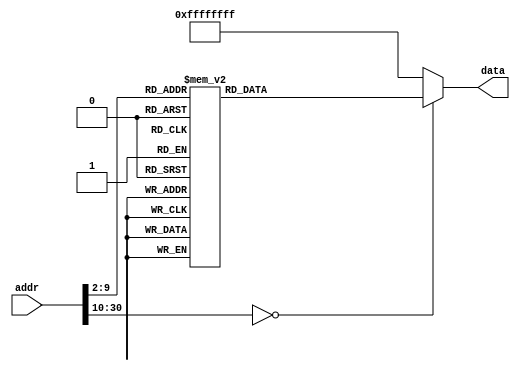
`timescale 1ns/1ps
module ROM(addr,data);
input [30:0] addr;
output reg [31:0] data;
wire [28:0] index;
assign index=addr[30:2];
always @(*)
begin
  case(index)
  0:data<=32'b00001000000000000000000000000011;
  1:data<=32'b00001000000000000000000000110101;
  2:data<=32'b00001000000000000000000010000100;
  3:data<=32'b00110000000111010000000000000000;
  4:data<=32'b00111100000100000100000000000000;
  5:data<=32'b00000000000000001000100000100111;
  6:data<=32'b10101110000000000000000000001000;
  7:data<=32'b10101110000000000000000000001100;
  8:data<=32'b00100000000010000000011111111111;
  9:data<=32'b10101110000010000000000000010100;
  10:data<=32'b00100000000010000000000000000011;
  11:data<=32'b10101110000010000000000000100000;
  12:data<=32'b10101110000100010000000000000100;
  13:data<=32'b00100010001010001000101011010000;
  14:data<=32'b00100001000010001000101011010000;
  15:data<=32'b10101110000010000000000000000000;
  16:data<=32'b00100000000010000000000000000011;
  17:data<=32'b10101110000010000000000000001000;
  18:data<=32'b00100000000100100000000000000010;
  19:data<=32'b10001110000010000000000000100000;
  20:data<=32'b00110001000010010000000000001100;
  21:data<=32'b00000000000010010100100011000010;
  22:data<=32'b00011001001000001111111111111100;
  23:data<=32'b00100010010100101111111111111111;
  24:data<=32'b00011010010000000000000000000010;
  25:data<=32'b10001110000001000000000000011100;
  26:data<=32'b00001000000000000000000000010011;
  27:data<=32'b00100000000100100000000000000010;
  28:data<=32'b10001110000001010000000000011100;
  29:data<=32'b00000000100000000011000000100000;
  30:data<=32'b00000000101000000011100000100000;
  31:data<=32'b00000000110001110100100000101010;
  32:data<=32'b00010101001000000000000000000011;
  33:data<=32'b00000000000001100100000000100000;
  34:data<=32'b00000000000001110011000000100000;
  35:data<=32'b00000000000010000011100000100000;
  36:data<=32'b00000000111001100011100000100010;
  37:data<=32'b00000000110001110100100000101010;
  38:data<=32'b00010101001000001111111111111101;
  39:data<=32'b00010000111000000000000000000101;
  40:data<=32'b00000000000000000000000000000000;
  41:data<=32'b00000000000001100100000000100000;
  42:data<=32'b00000000000001110011000000100000;
  43:data<=32'b00000000000010000011100000100000;
  44:data<=32'b00001000000000000000000000100100;
  45:data<=32'b00000000000001100001000000100000;
  46:data<=32'b10101110000000100000000000001100;
  47:data<=32'b10001110000010000000000000100000;
  48:data<=32'b00110001000010010000000000010000;
  49:data<=32'b00000000000010010100100100000010;
  50:data<=32'b00010101001000001111111111111100;
  51:data<=32'b10101110000000100000000000011000;
  52:data<=32'b00001000000000000000000000010011;
  53:data<=32'b10001110000110010000000000001000;
  54:data<=32'b00110011001110010000000000000001;
  55:data<=32'b10101110000110010000000000001000;
  56:data<=32'b00000001000000001001100000100000;
  57:data<=32'b00000001001000001010000000100000;
  58:data<=32'b10001110000010000000000000010100;
  59:data<=32'b00110001000010010000111100000000;
  60:data<=32'b00100000000010100000011100000000;
  61:data<=32'b00010101001010100000000000000011;
  62:data<=32'b00100000000010010000101100000000;
  63:data<=32'b00110000100010110000000000001111;
  64:data<=32'b00001000000000000000000001001111;
  65:data<=32'b00100000000010100000101100000000;
  66:data<=32'b00010101001010100000000000000100;
  67:data<=32'b00100000000010010000110100000000;
  68:data<=32'b00110000101010110000000011110000;
  69:data<=32'b00000000000010110101100100000010;
  70:data<=32'b00001000000000000000000001001111;
  71:data<=32'b00100000000010100000110100000000;
  72:data<=32'b00010101001010100000000000000011;
  73:data<=32'b00100000000010010000111000000000;
  74:data<=32'b00110000101010110000000000001111;
  75:data<=32'b00001000000000000000000001001111;
  76:data<=32'b00100000000010010000011100000000;
  77:data<=32'b00110000100010110000000011110000;
  78:data<=32'b00000000000010110101100100000010;
  79:data<=32'b00100000000011000000000011000000;
  80:data<=32'b00011001011000000000000000101011;
  81:data<=32'b00100001011010111111111111111111;
  82:data<=32'b00100000000011000000000011111001;
  83:data<=32'b00011001011000000000000000101000;
  84:data<=32'b00100001011010111111111111111111;
  85:data<=32'b00100000000011000000000010100100;
  86:data<=32'b00011001011000000000000000100101;
  87:data<=32'b00100001011010111111111111111111;
  88:data<=32'b00100000000011000000000010110000;
  89:data<=32'b00011001011000000000000000100010;
  90:data<=32'b00100001011010111111111111111111;
  91:data<=32'b00100000000011000000000010011001;
  92:data<=32'b00011001011000000000000000011111;
  93:data<=32'b00100001011010111111111111111111;
  94:data<=32'b00100000000011000000000010010010;
  95:data<=32'b00011001011000000000000000011100;
  96:data<=32'b00100001011010111111111111111111;
  97:data<=32'b00100000000011000000000010000010;
  98:data<=32'b00011001011000000000000000011001;
  99:data<=32'b00100001011010111111111111111111;
  100:data<=32'b00100000000011000000000011111000;
  101:data<=32'b00011001011000000000000000010110;
  102:data<=32'b00100001011010111111111111111111;
  103:data<=32'b00100000000011000000000010000000;
  104:data<=32'b00011001011000000000000000010011;
  105:data<=32'b00100001011010111111111111111111;
  106:data<=32'b00100000000011000000000010010000;
  107:data<=32'b00011001011000000000000000010000;
  108:data<=32'b00100001011010111111111111111111;
  109:data<=32'b00100000000011000000000010001000;
  110:data<=32'b00011001011000000000000000001101;
  111:data<=32'b00100001011010111111111111111111;
  112:data<=32'b00100000000011000000000010000011;
  113:data<=32'b00011001011000000000000000001010;
  114:data<=32'b00100001011010111111111111111111;
  115:data<=32'b00100000000011000000000011000110;
  116:data<=32'b00011001011000000000000000000111;
  117:data<=32'b00100001011010111111111111111111;
  118:data<=32'b00100000000011000000000010100001;
  119:data<=32'b00011001011000000000000000000100;
  120:data<=32'b00100001011010111111111111111111;
  121:data<=32'b00100000000011000000000010000110;
  122:data<=32'b00011001011000000000000000000001;
  123:data<=32'b00100000000011000000000010001110;
  124:data<=32'b00000001001011000100000000100101;
  125:data<=32'b10101110000010000000000000010100;
  126:data<=32'b00000010011000000100000000100000;
  127:data<=32'b00000010100000000100100000100000;
  128:data<=32'b10001110000110010000000000001000;
  129:data<=32'b00110111001110010000000000000010;
  130:data<=32'b10101110000110010000000000001000;
  131:data<=32'b00000011010000000000000000001000;
  132:data<=32'b00100000000010000000011100000000;
  133:data<=32'b10101110000010000000000000010100;
  134:data<=32'b00001000000000000000000010000100;
default:data<=32'hffffffff;
endcase

end

endmodule